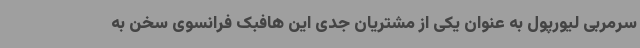
سرمربی لیورپول به عنوان یکی از مشتریان جدی این هافبک فرانسوی سخن به